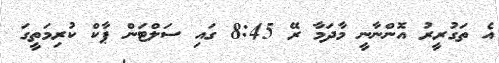
އެ ތަގުރީރު އޮންނާނީ މާދަމާ ރޭ 8:45 ގައި ސަލްޓަން ޕާކް ކުރިމަތީގަ